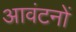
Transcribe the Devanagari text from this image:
आवंटनों